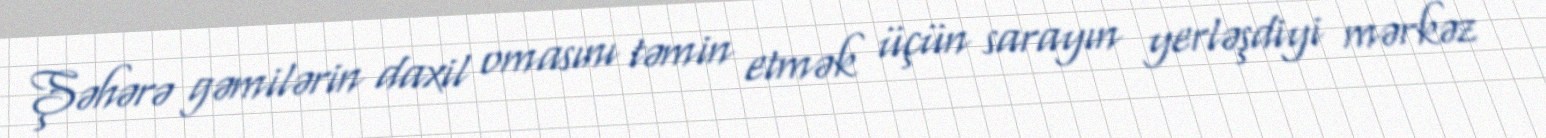
Şəhərə gəmilərin daxil omasını təmin etmək üçün sarayın yerləşdiyi mərkəz